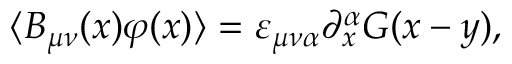
\langle B _ { \mu \nu } ( x ) \varphi ( x ) \rangle = \varepsilon _ { \mu \nu \alpha } \partial _ { x } ^ { \alpha } G ( x - y ) ,